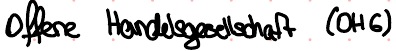
offene Handelsgesellschaft (OHG)